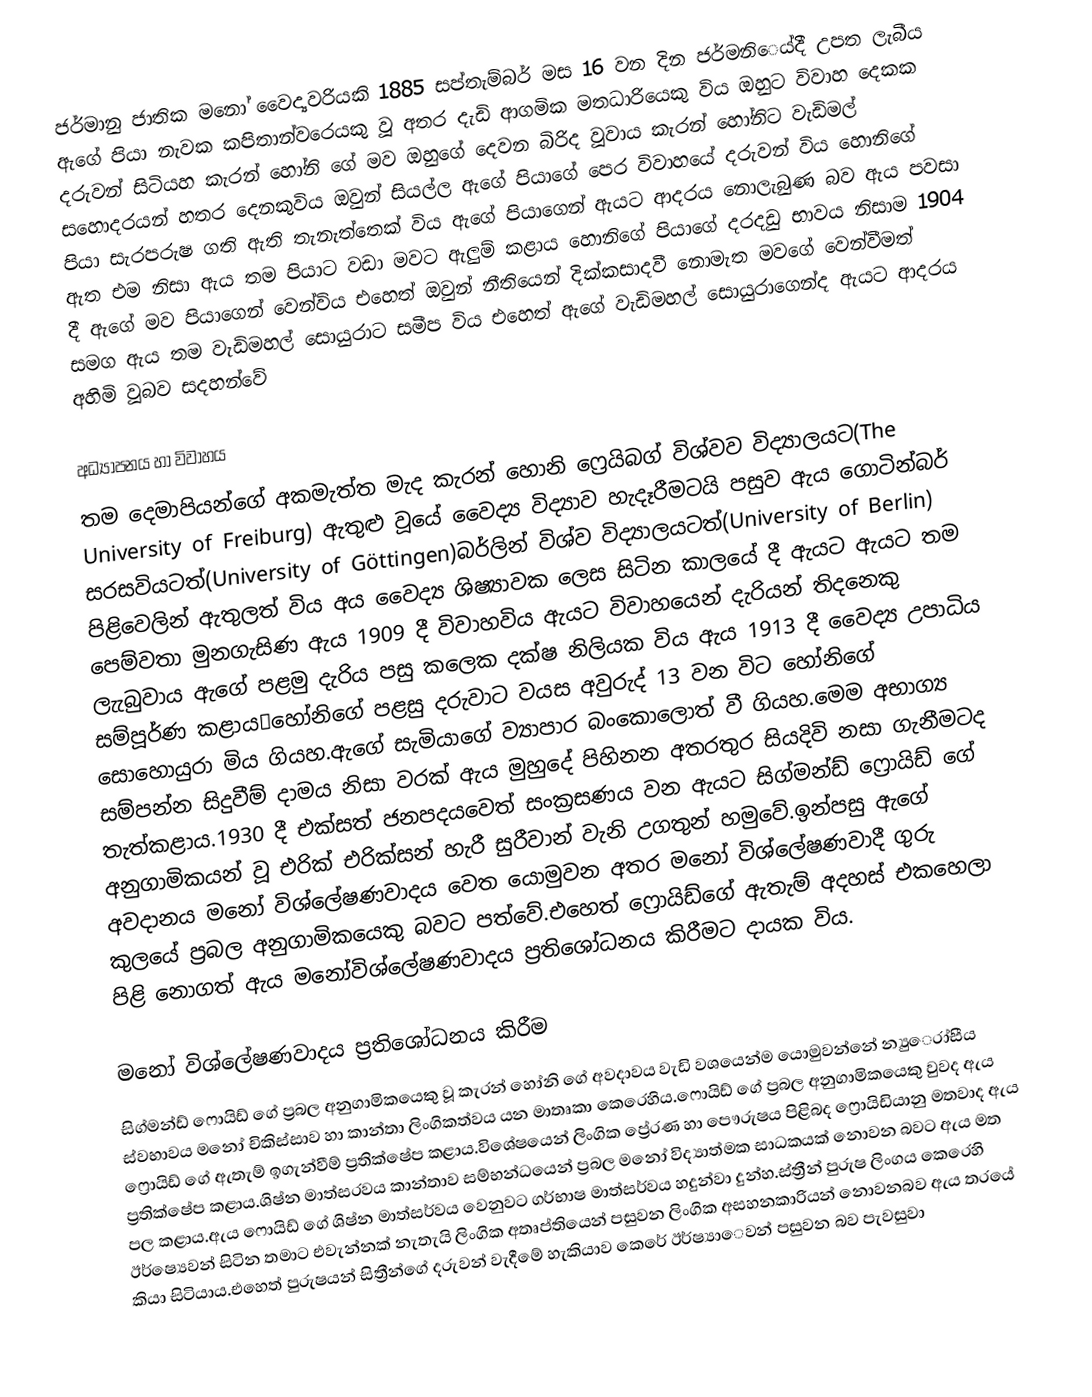
ජර්මානු ජාතික මනෝ වෛද්‍යවරියකි 1885 සප්තැම්බර් මස 16 වන දින ජර්මනිෙය්දී උපත ලැබීය ඇගේ පියා නැවක කපිතාන්වරෙයකු වූ අතර දැඩි ආගමික මතධාරියෙකු විය ඔහුට විවාහ දෙකක දරුවන් සිටියහ කැරන් හෝනි ගේ මව ඔහුගේ දෙවන බිරිද වූවාය කැරන් හෝනිට වැඩිමල් සහොදරයන් හතර දෙනකුවිය ඔවුන් සියල්ල ඇගේ පියාගේ පෙර විවාහයේ දරුවන් විය හොනිගේ පියා සැරපරුෂ ගති ඇති තැනැත්තෙක් විය ඇගේ පියාගෙන් ඇයට ආදරය නොලැබුණ බව ඇය පවසා ඇත එම නිසා ඇය තම පියාට වඩා මවට ඇලුම් කළාය හොනිගේ පියාගේ දරදඩු භාවය නිසාම 1904 දී ඇගේ මව පියාගෙන් වෙන්විය එහෙත් ඔවුන් නීතියෙන්  දික්කසාදවී නොමැත මවගේ වෙන්වීමත් සමග ඇය තම වැඩිමහල් සොයුරාට සමීප විය එහෙත් ඇගේ වැඩිමහල් සොයුරාගෙන්ද ඇයට ආදරය අහිමි වූබව සදහන්වේ

අධ්‍යාපනය හා විවාහය
තම දෙමාපියන්ගේ අකමැත්ත මැද කැරන් හොනි ෆ්‍රෙයිබග් විශ්වව විද්‍යාලයට(The University of Freiburg) ඇතුළු වූයේ වෛද්‍ය විද්‍යාව හැදෑරීමටයි පසුව ඇය ගොටින්බර් සරසවියටත්(University of Göttingen)බර්ලින් විශ්ව විද්‍යාලයටත්(University of Berlin) පිළිවෙලින් ඇතුලත් විය අය වෛද්‍ය ශිෂ්‍යාවක ලෙස සිටින කාලයේ දී ඇයට ඇයට තම පෙම්වතා මුනගැසිණ ඇය 1909 දී විවාහවිය ඇයට විවාහ‍යෙන් දැරියන් තිදනෙකු ලැැබුවාය ඇගේ පළමු දැරිය පසු කලෙක දක්ෂ නිලියක විය ඇය 1913 දී වෛද්‍ය උපාධිය සම්පූර්ණ කළායˌහෝනිගේ පළසු දරුවාට වයස අවුරුද් 13 වන විට හෝනිගේ සොහොයුරා මිය ගියහ.ඇගේ සැමියාගේ ව්‍යාපාර බංකොලොත් වී ගියහ.මෙම අභාග්‍ය සම්පන්න සිදුවීම් දාමය නිසා වරක් ඇය මුහුදේ පිහිනන අතරතුර සියදිවි නසා ගැනීමටද තැත්කළාය.1930 දී එක්සත් ජනපදයවෙත් සංක්‍රසණය වන ඇයට සිග්මන්ඩ් ෆ්‍රොයිඩ් ගේ අනුගාමිකයන් වූ එරික් එරික්සන් හැරී සුරීවාන් වැනි උගතුන් හමුවේ.ඉන්පසු ඇගේ අවදානය මනෝ විශ්ලේෂණවාදය වෙත යොමුවන අතර මනෝ විශ්ලේෂණවාදී ගුරු කුලයේ ප්‍රබල අනුගාමිකයෙකු බවට පත්වේ.එහෙත් ෆ්‍රොයිඩ්ගේ ඇතැම් අදහස් එකහෙලා පිළි නොගත් ඇය මනෝවිශ්ලේෂණවාදය ප්‍රතිශෝධනය කිරීමට දායක විය.

මනෝ විශ්ලේෂණවාදය ප්‍රතිශෝධනය කිරීම
සිග්මන්ඩ් ෆොයිඩ් ගේ ප්‍රබල අනුගාමිකයෙකු වූ කැරන් හෝනි ගේ අවදාවය වැඩි වශයෙන්ම යොමුවන්නේ න්‍යුෙරා්සීය ස්වභාවය මනෝ චිකිස්සාව හා කාන්තා ලිංගිකත්වය යන මාතෘකා කෙරෙහිය.ෆොයිඩ් ගේ ප්‍රබල අනුගාමිකයෙකු වුවද ඇය ෆ්‍රොයිඩ් ගේ ඇතැම් ඉගැන්වීම් ප්‍රතික්ෂේප කළාය.විශේෂයෙන් ලිංගික ප්‍රේරණ හා පෞරුෂය පිළිබද ෆ්‍රොයිඩියානු මතවාද ඇය ප්‍රතික්ෂේප කළාය.ශිෂ්න මාත්සරවය කාන්තාව සම්භන්ධයෙන් ප්‍රබල මනෝ විද්‍යාත්මක සාධකයක් නොවන බවට ඇය මත පල කළාය.ඇය ෆොයිඩ් ගේ ශිෂ්න මාත්සර්වය වෙනුවට ගර්භාෂ මාත්සර්වය හදුන්වා දුන්හ.ස්ත්‍රීන් පුරුෂ ලිංගය කෙරෙහි ඊර්ෂ්‍යෙවන් සිටින තමාට එවැන්නක් නැතැයි ලිංගික අතෘප්තියෙන් පසුවන ලිංගික අසහනකාරියන් නොවනබව ඇය තරයේ කියා සිටියාය.එහෙත් පුරුෂයන් සිත්‍රීන්ගේ දරුවන් වැදීමේ හැකියාව කෙරේ ඊර්ෂ්‍යාෙවන් පසුවන බව පැවසුවා